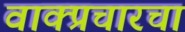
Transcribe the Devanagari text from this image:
वाक्प्रचारचा